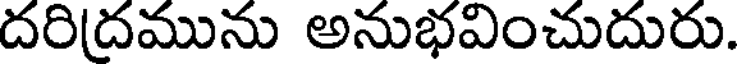
దరి(దమును అనుభవించుదురు.